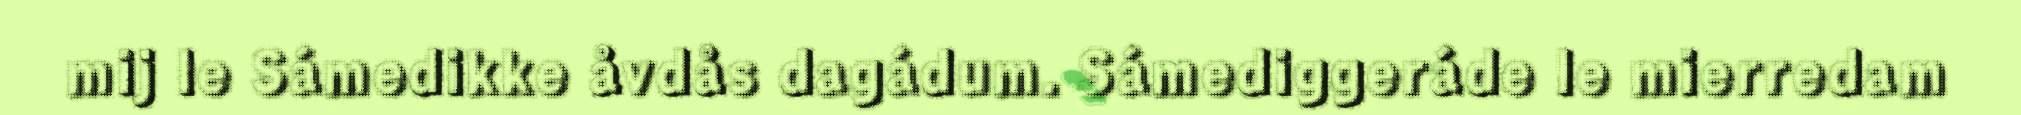
mij le Sámedikke åvdås dagádum. Sámediggeráde le mierredam